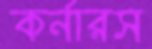
কর্নারস